King Institute of Preventive Medicine Micro-Biological Section reports 1909-11
Year: 1909
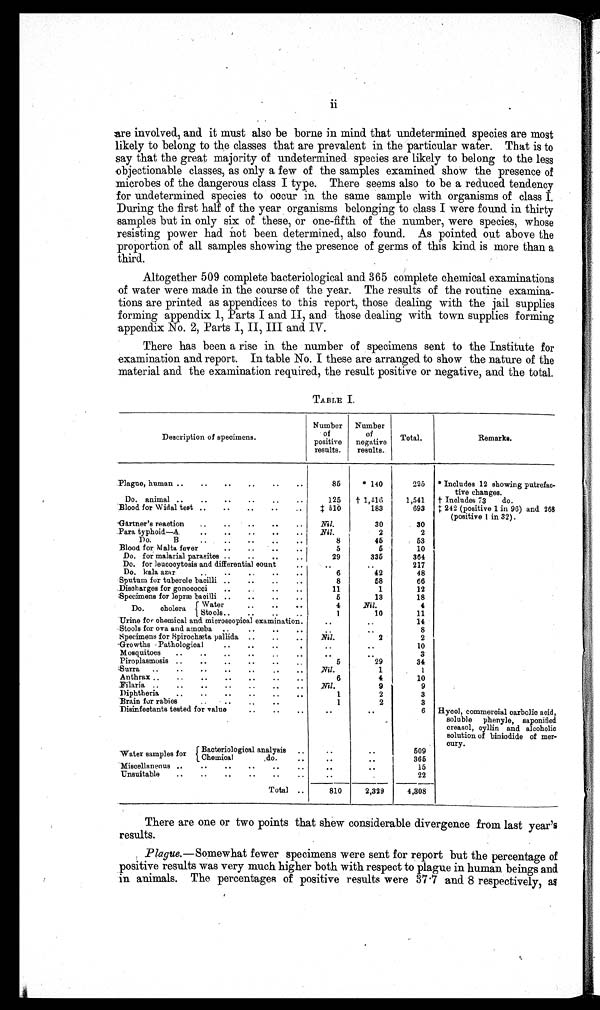
ii
are involved, and. it must also be borne in mind that undetermined species are most
likely to belong to the classes that are prevalent in the particular water. That is to
say that the great majority of undetermined species are likely to belong to the less
objectionable classes, as only a few of the samples examined show the presence of
microbes of the dangerous class I type. There seems also to be a reduced tendency
for undetermined species to occur in the same sample with organisms of class
During the first half of the year organisms belonging to class I were found in thirty
samples but in only six of these, or one-fifth of the number, were species, whose
resisting power had not been determined, also found. As pointed out above the
proportion of all samples showing the presence of germs of this kind is more than a
third.
Altogether 509 complete bacteriological and 365 complete chemical examinations
of water were made in the course of the year. The results of the routine examina-
tions are printed as appendices to this report, those dealing with the jail supplies
forming appendix 1, Parts I and II, and those dealing with town supplies forming
appendix No. 2, Parts I, II, III and IV.
There has been a rise in the number of specimens sent to the Institute for
examination and report. In table No. I these are arranged to show the nature of the
material and the examination required, the result positive or negative, and the total.
TABLE I.
Description of specimens.
Number
of
positive
results.
Number
of
negative
results.
Total.
Remarks.
Plague, human ..
..
..
..
..
..
85
*140
225 * Includes 12 showing putrefac-
tive changes.
Do. animal ..
.. ..
..
..
125 †1,416
1,541 † Includes 73 do.
Blood for Widal test ..
..
..
..
.. ‡510
183
693 ‡ 242 (positive 1 in 96) and 268
(positive 1 in 32).
Gartner's reaction ..
..
..
..
..
Nil.
30
30
Para typhoid—A.
..
..
..
..
.. Nil.
2
2
Do.
B
..
..
..
..
..
8
46
53
Blood for Malta fever
..
..
..
..
5
5
10
Do. for malarial parasites.
..
..
..
29
335
364
Do. for leucocytosis and differential count
..
. .
.
..
217
Do. kala azar..
..
..
..
Sputum for tubercle bacilli ..
..
..
..
8
58
66
Discharges for gonococci ..
. . ..
..
11
1
12
Specimens for lepræ bacilli ..
..
..
..
5
13
18
Do. cholera rWater
. . ..
..
4
Nil.
4
water Stools..
..
..
..
4
10
11
Urine for chemical and microscopical examination
..
..
1 4
Stools for ova and amoeba
..
..
..
. .
.
8
Specimens for Spirochasta pallida ..
. . ..
Nil.
2
2
Growths -Pathological
..
..
.
..
..
..
10
Mosquitoes ..
..
..
..
..
..
. .
..
3
Piroplasmosis ..
..
..
..
..
..
5
29
34
Surra ..
..
..
..
..
..
..
Nil.
1
1
Anthrax ..
..
..
.. ..
..
..
6
4
10
Filaria ..
..
..
..
..
..
.. Nil.
9
9
Diphtheria ..
..
..
..
..
..
1
2
3
Brain fur rabies
..
..
..
..
1
2
3
Disinfectants tested for valu
..
..
..
..
..
6
Hycol, commercial carbolic acid,
soluble phenyls, saponified
oreasol, cyllin and alcoholic
solution of biniodide of mer-
cury.
Water samples for Bacteriological analysis ..
..
..
509
Chemical
do.
..
..
..
365
Miscellaneous ..
..
.. ..
..
..
. .
..
15
Unsuitable ..
..
..
..
..
..
. .
22
Total ..
810
2,329
4,308
There are one or two points that shew considerable divergence from last year's
results.
Plague.—Somewhat fewer specimens were sent for report but the percentage of
positive results was very much higher both with respect to plague in human beings and.
in animals. The percentages of positive results were 37.7 and 8 respectively, as